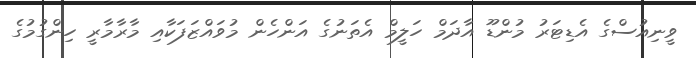
ވީނިއުސްގެ އެޑިޓަރު މުންޑޫ އާދަމް ހަލީމް އެތަނުގެ އަންހެން މުވައްޒަފަކާއި މާރާމާރީ ހިންގުމުގެ